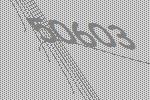
50603